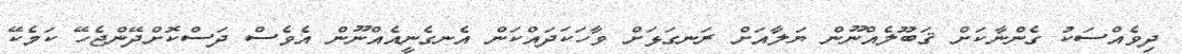
ދިވެއްސަކު ގެންނާކަށް ޤަބޫލެއްނޫން ޔަލާއަށް ރަނގަޅަށް ވާހަކަދައްކަން އެނގެނީއެއްނޫން އެވެސް ދަސްކޮށްދޭންޖެހޭ ކަމެކޭ